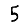
Digit: 5